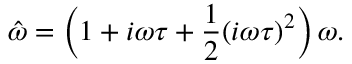
\hat { \omega } = \left( 1 + i \omega \tau + \frac { 1 } { 2 } ( i \omega \tau ) ^ { 2 } \right) \omega .